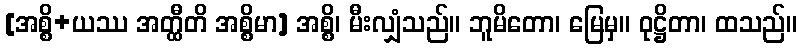
[အစ္စိ+ယဿ အတ္ထီတိ အစ္စိမာ] အစ္စိ၊ မီးလျှံသည်။ ဘူမိတော၊ မြေမှ။ ဝုဋ္ဌိတာ၊ ထသည်။